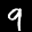
Label: 9